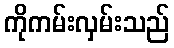
ကိုကမ်းလှမ်းသည်